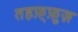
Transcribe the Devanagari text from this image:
तहफ़्फ़ुज़